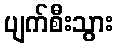
ပျက်စီးသွား